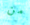
من